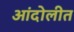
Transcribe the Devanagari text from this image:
आंदोलीत